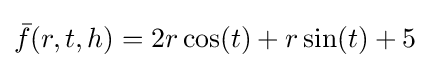
{\bar {f}}(r,t,h)=2r\cos(t)+r\sin(t)+5